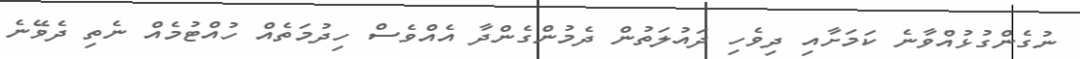
ނުގެންގުޅުއްވާނެ ކަމަށާއި ދިވެހި ދައުލަތުން ދެމުންގެންދާ އެއްވެސް ހިދުމަތެއް ހުއްޓުމެއް ނެތި ދެވޭނެ